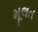
મૂલત